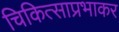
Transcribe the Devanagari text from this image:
चिकित्साप्रभाकर